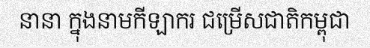
នានា ក្នុងនាមកីឡាករ ជម្រើសជាតិកម្ពុជា